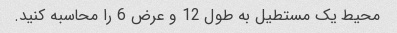
محیط یک مستطیل به طول 12 و عرض 6 را محاسبه کنید.